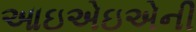
આઇએઇએની